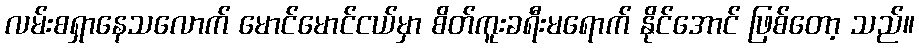
လမ်းစရှာနေသလောက် မောင်မောင်ငယ်မှာ စိတ်ကူးခရီးမရောက် နိုင်အောင် ဖြစ်တော့ သည်။